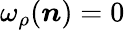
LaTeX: \omega_{\rho}(\boldsymbol n)=0